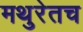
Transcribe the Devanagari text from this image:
मथुरेतच